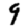
Digit: 9